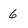
Character: 6